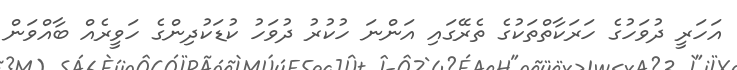
އަހަރީ ދުވަހުގެ ހަރަކާތްތަކުގެ ތެރޭގައި އަންނަ ހުކުރު ދުވަހު ކުޑަކުދިންގެ ހަވީރެއް ބާއްވަން